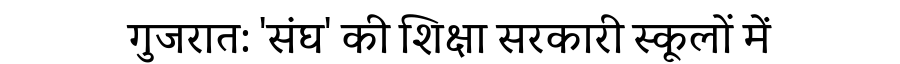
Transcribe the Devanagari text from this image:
गुजरात: 'संघ' की शिक्षा सरकारी स्कूलों में